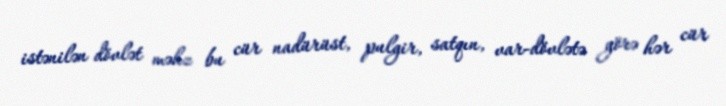
istənilən dövlət məhz bu cür nadürüst, pulgir, satqın, var-dövlətə görə hər cür